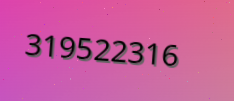
319522316